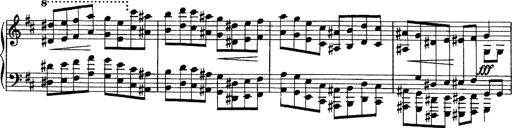
Title: Piano Sonata
Composer: Karl HÃ¤ssler
Key: C major